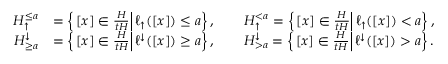
\begin{array} { r l } { H _ { \uparrow } ^ { \leq a } } & { = \left\{ \left. [ x ] \in \frac { H } { t H } \right| \ell _ { \uparrow } ( [ x ] ) \leq a \right\} , \qquad H _ { \uparrow } ^ { < a } = \left\{ \left. [ x ] \in \frac { H } { t H } \right| \ell _ { \uparrow } ( [ x ] ) < a \right\} , } \\ { H _ { \geq a } ^ { \downarrow } } & { = \left\{ \left. [ x ] \in \frac { H } { t H } \right| \ell ^ { \downarrow } ( [ x ] ) \geq a \right\} , \qquad H _ { > a } ^ { \downarrow } = \left\{ \left. [ x ] \in \frac { H } { t H } \right| \ell ^ { \downarrow } ( [ x ] ) > a \right\} . } \end{array}